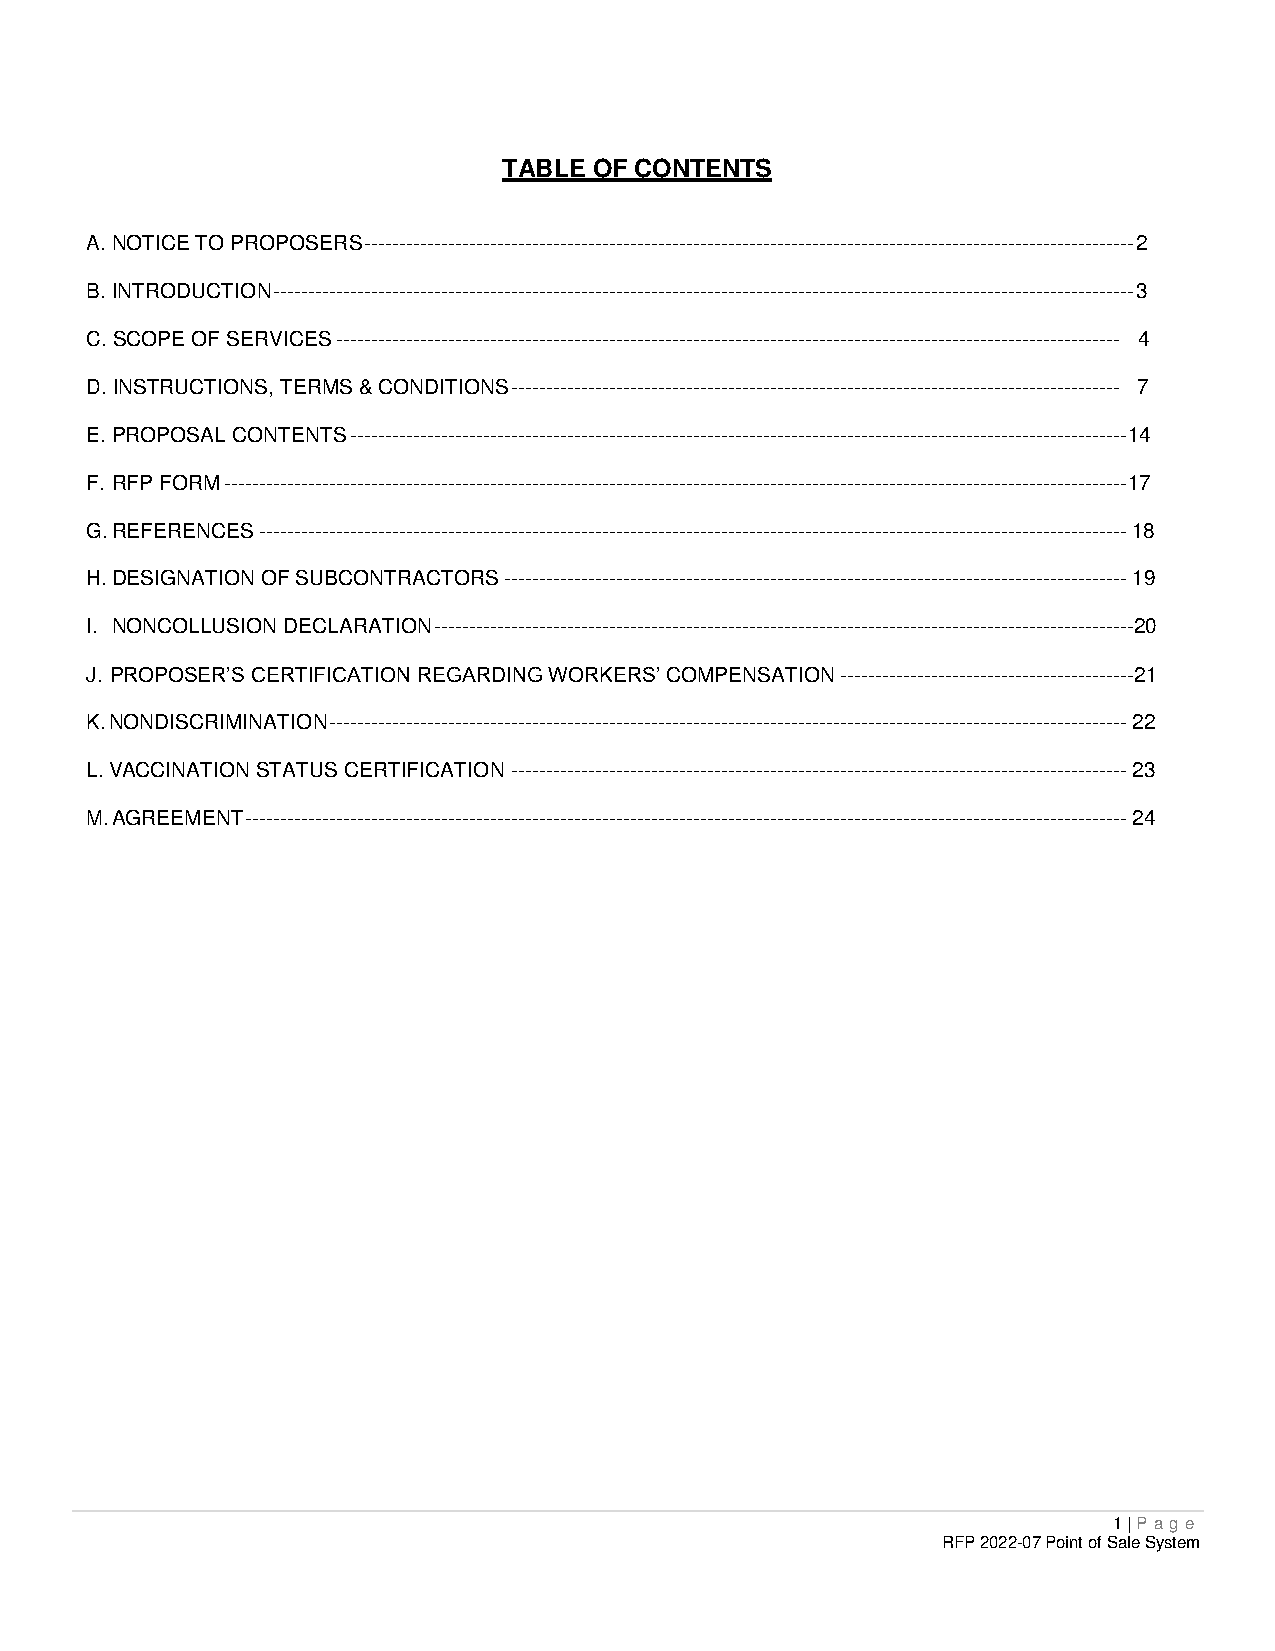
TABLE OF CONTENTS
 A. NOTICE TO PROPOSERS -------------------------------------------------------------------------------------------------------------- 2
 B. INTRODUCTION --------------------------------------------------------------------------------------------------------------------------- 3
 C. SCOPE OF SERVICES ---------------------------------------------------------------------------------------------------------------- 4
 D. INSTRUCTIONS, TERMS & CONDITIONS --------------------------------------------------------------------------------------- 7
 E. PROPOSAL CONTENTS --------------------------------------------------------------------------------------------------------------- 14
 F. RFP FORM --------------------------------------------------------------------------------------------------------------------------------- 17
 G. REFERENCES ---------------------------------------------------------------------------------------------------------------------------- 18
 H. DESIGNATION OF SUBCONTRACTORS ----------------------------------------------------------------------------------------- 19
 I. NONCOLLUSION DECLARATION ----------------------------------------------------------------------------------------------------20
 J. PROPOSER’S CERTIFICATION REGARDING WORKERS’ COMPENSATION ------------------------------------------ 21
 K. NONDISCRIMINATION ------------------------------------------------------------------------------------------------------------------ 22
 L. VACCINATION STATUS CERTIFICATION ---------------------------------------------------------------------------------------- 23
 M. AGREEMENT ------------------------------------------------------------------------------------------------------------------------------ 24
 1 | P age
 RFP 2022-07 Point of Sale System